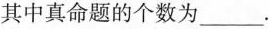
其中真命题的个数为___。